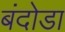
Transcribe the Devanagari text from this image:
बंदोडा